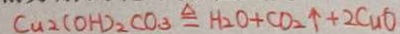
C u 2 ( O H ) _ { 2 } C O _ { 3 } \xlongequal { \Delta } H _ { 2 } O + C O _ { 2 } \uparrow + 2 C u O